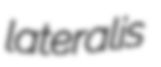
lateralis